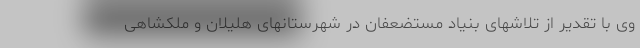
وی با تقدیر از تلاشهای بنیاد مستضعفان در شهرستانهای هلیلان و ملکشاهی